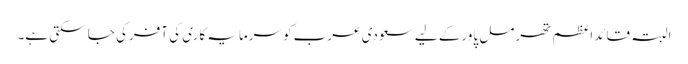
البتہ قائداعظم تھرمل پاورکے لیے سعودی عرب کوسرمایہ کاری کی آفرکی جا سکتی ہے۔